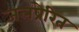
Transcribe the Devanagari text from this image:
जलप्रेरित